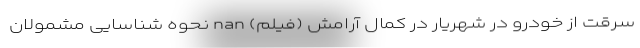
سرقت از خودرو در شهریار در کمال آرامش (فیلم) nan نحوه شناسایی مشمولان